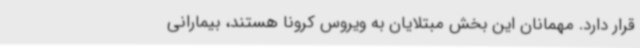
قرار دارد. مهمانان این بخش مبتلایان به ویروس کرونا هستند، بیمارانی